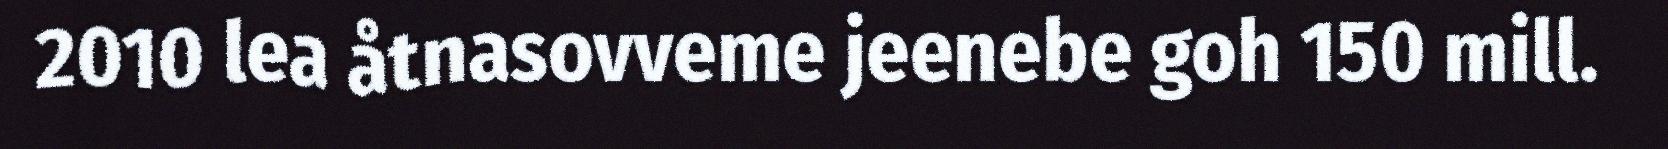
2010 lea åtnasovveme jeenebe goh 150 mill.